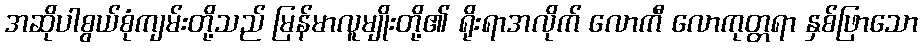
အဆိုပါစွယ်စုံကျမ်းတို့သည် မြန်မာလူမျိုးတို့၏ ရိုးရာအလိုက် လောကီ လောကုတ္တရာ နှစ်ဖြာသော